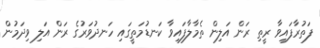
ފަތުރާފައިވާ ރީތި ރަން އަލިން ތެމާލާފައިވާ ކަނޑުމަތީގައި ހަނދުވަރުގެ ރަން އަލި ވިދަމުން